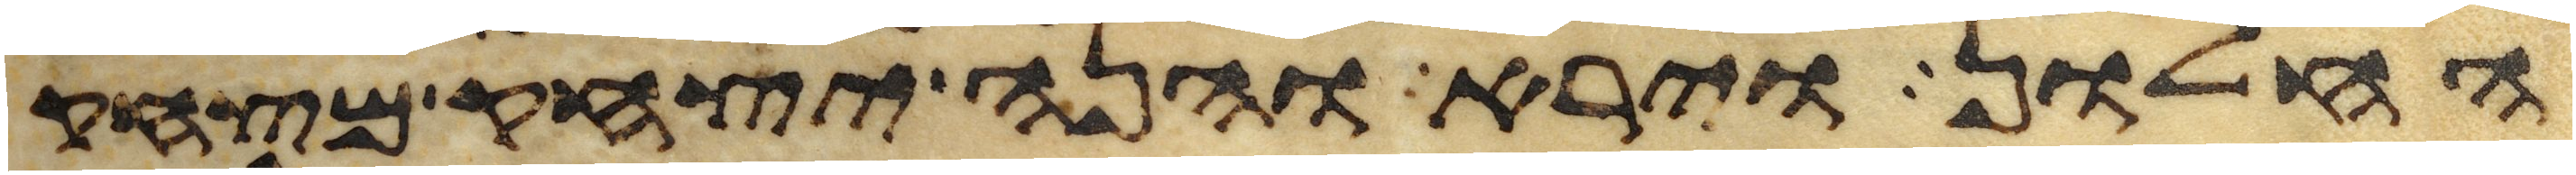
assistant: החלון וירא והנה יצחק מצחק